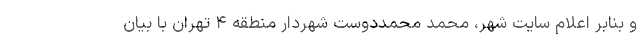
و بنابر اعلام سایت شهر، محمد محمددوست شهردار منطقه ۴ تهران با بیان